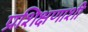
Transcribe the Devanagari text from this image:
प्रशिक्षणाशी